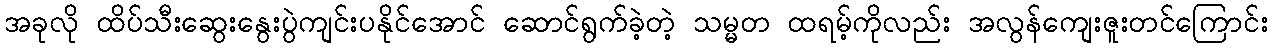
အခုလို ထိပ်သီးဆွေးနွေးပွဲကျင်းပနိုင်အောင် ဆောင်ရွက်ခဲ့တဲ့ သမ္မတ ထရမ့်ကိုလည်း အလွန်ကျေးဇူးတင်ကြောင်း